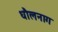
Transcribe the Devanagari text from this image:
धौलनाग